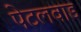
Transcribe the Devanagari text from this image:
पेटलवाड